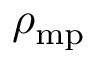
\rho _ { \mathrm { m p } }